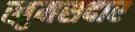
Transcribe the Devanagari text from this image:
खुमसदार